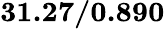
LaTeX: \mathbf{31.27/0.890}